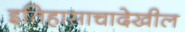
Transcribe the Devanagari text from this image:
इतिहासाचादेखील